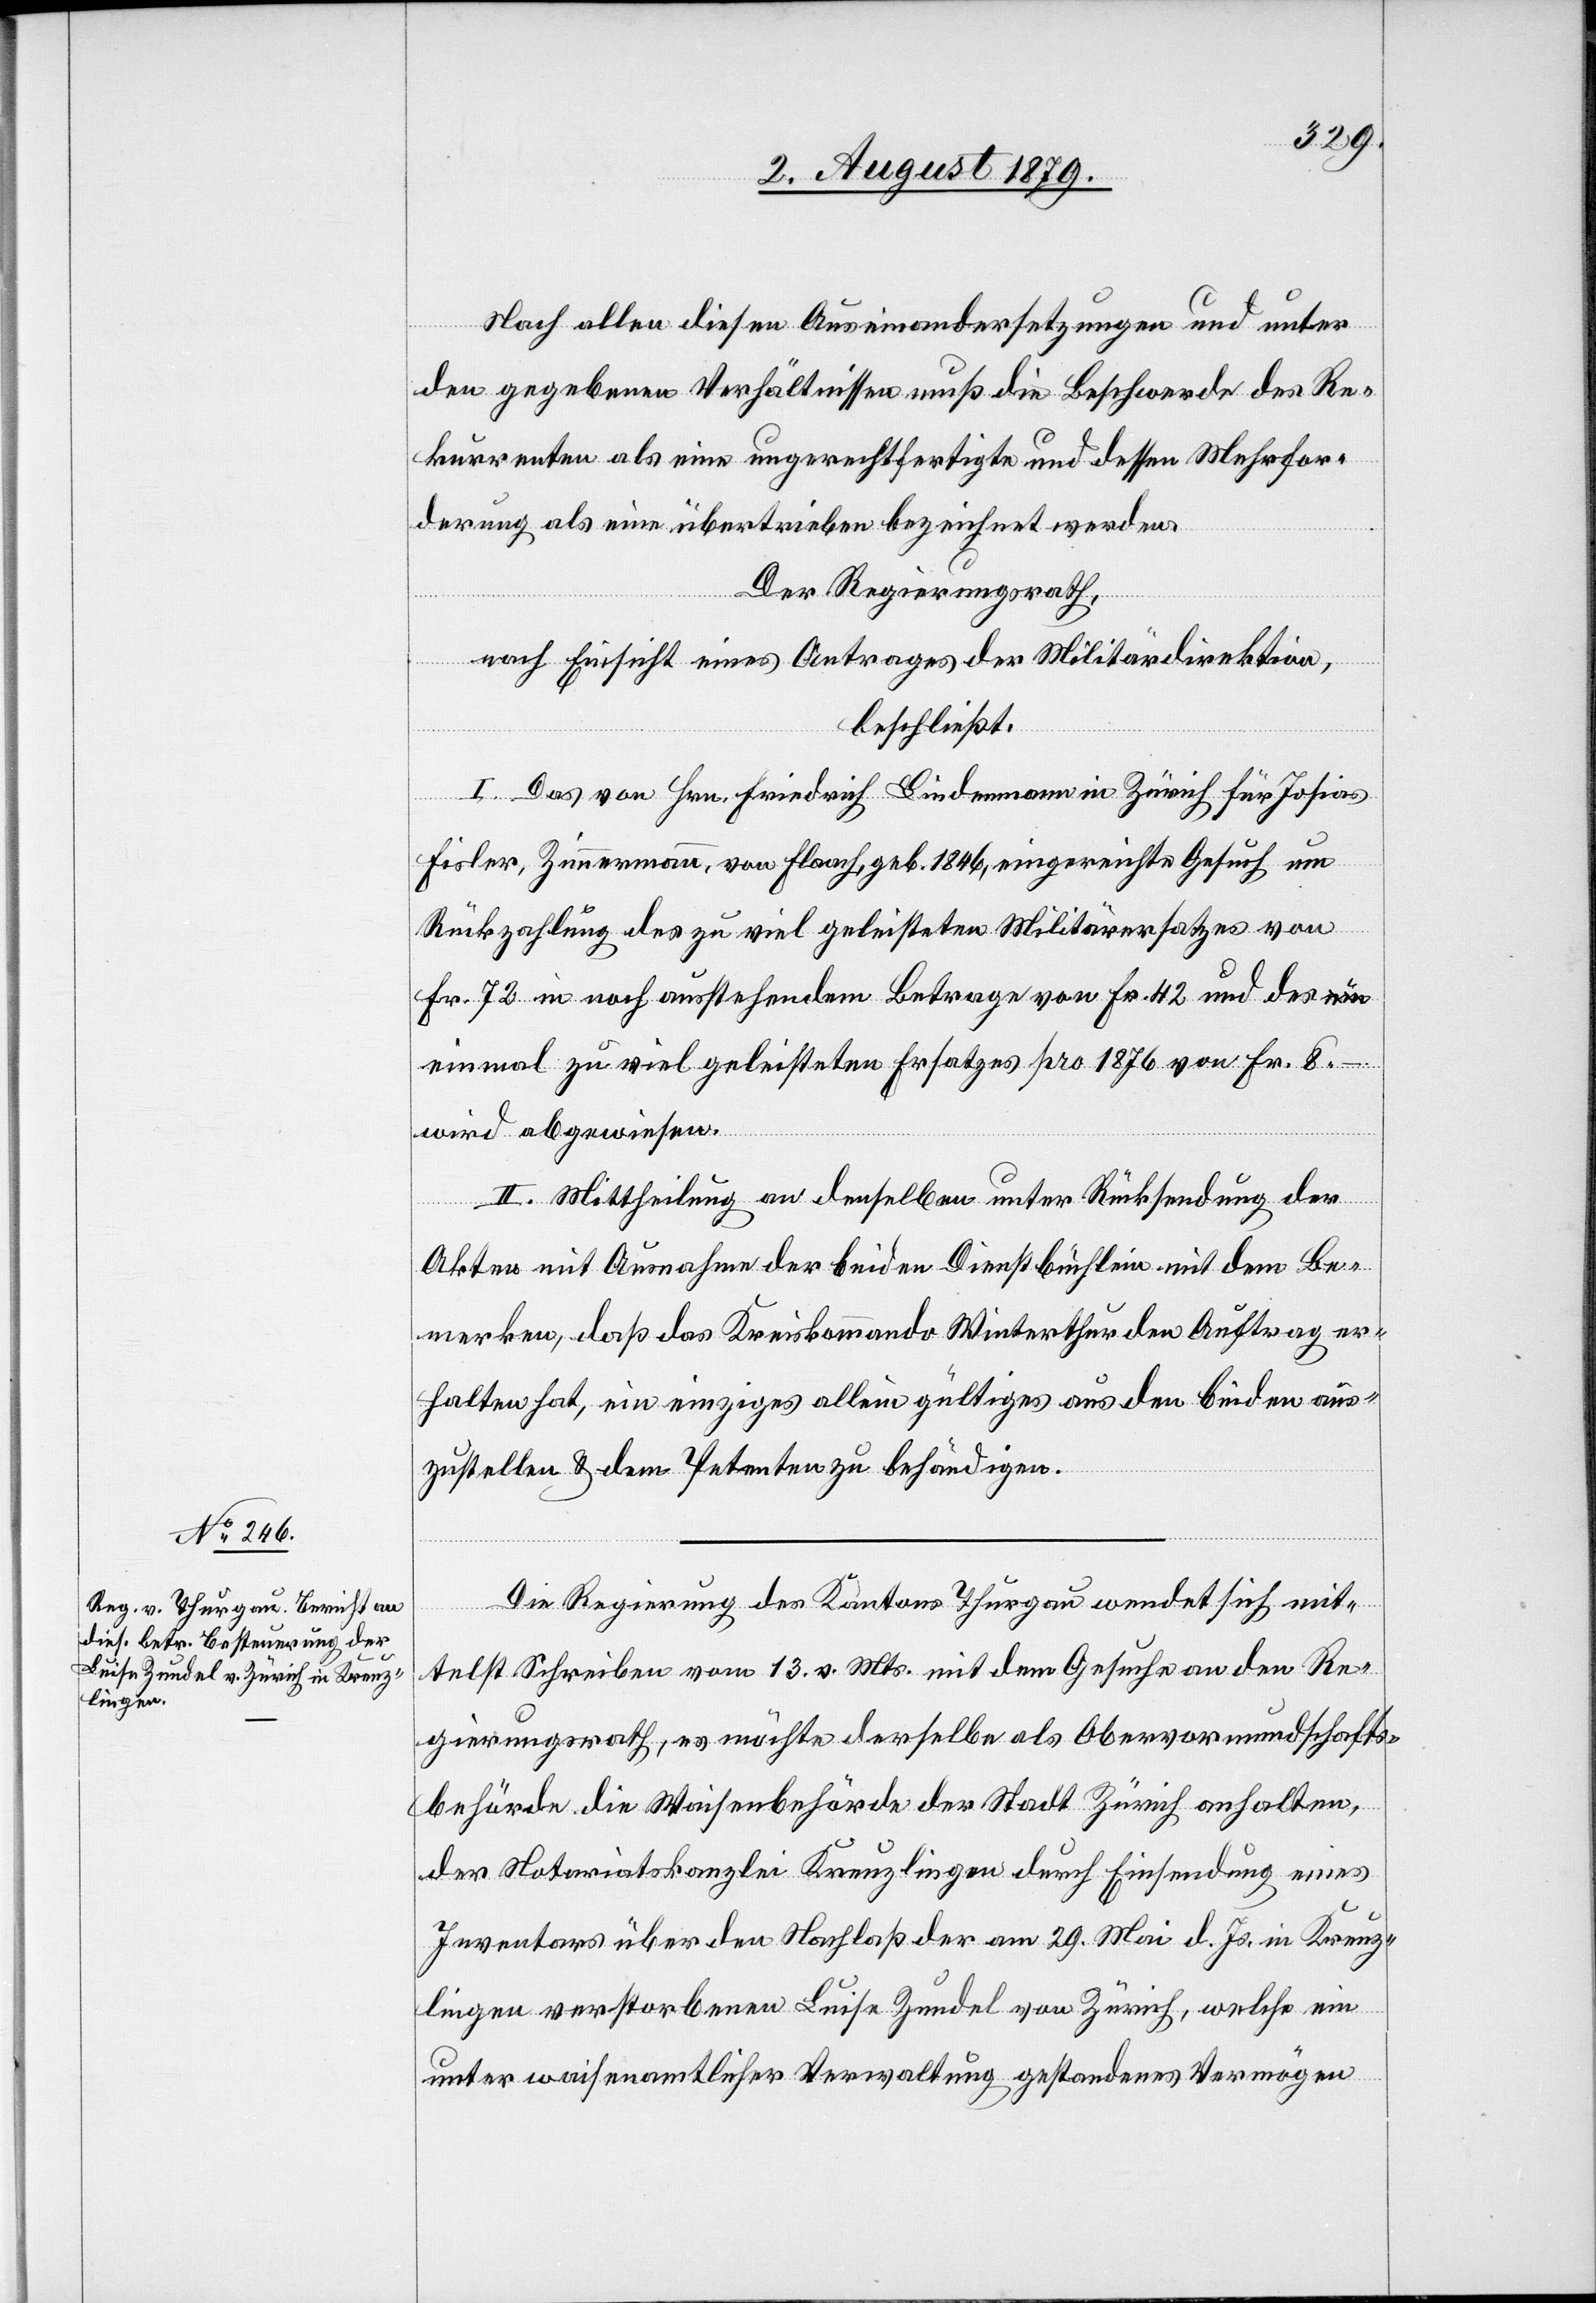
Nach allen diesen Auseinandersetzungen und unter
den gegebenen Verhältnissen muß die Beschwerde des Re¬
kurrenten als eine ungerechtfertigte und dessen Mehrfor¬
derung als eine übertrieben bezeichnet werden.
Der Regierungsrath,
nach Einsicht eines Antrages der Militärdirektion,
beschließt:
I. Das von Hrn. Friedrich Biedermann in Zürich für Josias
Fisler, Zimmermann, von Flaach, geb. 1846, eingereichte Gesuch um
Rückzahlung des zu viel geleisteten Militärersatzes von
Fr. 72 in noch ausstehendem Betrage von Fr. 42 und des e¬
inmal zu viel geleisteten Ersatzes pro 1876 Fr. 8.–
wird abgewiesen.
II. Mittheilung an denselben unter Rücksendung der
Akten mit Ausnahme der beiden Dienstbüchlein mit dem Be¬
merken, daß das Kreiskommando Winterthur den Auftrag er¬
halten hat, ein einziges allein gültiges aus den beiden aus¬
zustellen & dem Petenten zu behändigen.
Die Regierung des Kantons Thurgau wendet sich mit¬
telst Schreiben vom 13. v. Mts. mit dem Gesuche an den Re¬
gierungsrath, es möchte derselbe als Obervormundschafts¬
behörde die Waisenbehörde der Stadt Zürich anhalten,
der Notariatskanzlei Kreuzlingen durch Einsendung eines
Inventars über den Nachlaß der am 29. Mai d. Js. in Kreuz¬
lingen verstorbenen Luise Zundel von Zürich, welche ein
unter waisenamtlicher Verwaltung gestandenes Vermögen